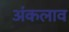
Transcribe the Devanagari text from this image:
अंकलाव